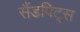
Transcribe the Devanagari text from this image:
सैंडपिट्स